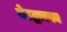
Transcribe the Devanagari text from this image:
बेठद्वारका